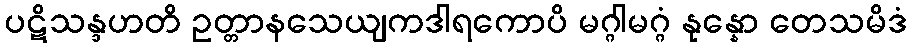
ပဋိသန္ဒဟတိ ဥတ္တာနသေယျကဒါရကောပိ မဂ္ဂါမဂ္ဂံ နုန္နော တေသမိဒံ